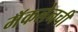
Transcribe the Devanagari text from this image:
मॅकलेनची